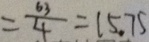
= \frac { 6 3 } { 4 } = 1 5 . 7 5